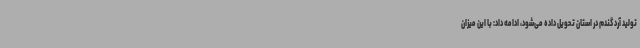
تولید آرد گندم در استان تحویل داده می‌شود، ادامه داد: با این میزان